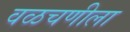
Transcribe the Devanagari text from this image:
वळचणीला